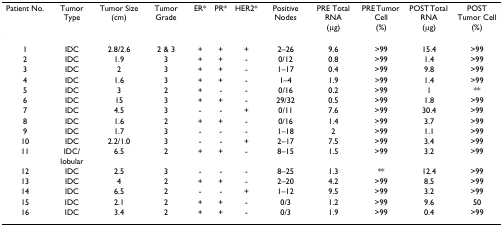
<table><thead><tr><td><b>Patient No.</b></td><td><b>Tumor Type</b></td><td><b>Tumor Size(cm)</b></td><td><b>Tumor Grade</b></td><td><b>ER*</b></td><td><b>PR*</b></td><td><b>HER2*</b></td><td><b>Positive Nodes</b></td><td><b>PRE Total RNA(μg)</b></td><td><b>PRE Tumor Cell(%)</b></td><td><b>POST Total RNA(μg)</b></td><td><b>POST Tumor Cell(%)</b></td></tr></thead><tbody><tr><td>1</td><td>IDC</td><td>2.8/2.6</td><td>2 &amp; 3</td><td>+</td><td>+</td><td>+</td><td>2–26</td><td>9.6</td><td>&gt;99</td><td>15.4</td><td>&gt;99</td></tr><tr><td>2</td><td>IDC</td><td>1.9</td><td>3</td><td>+</td><td>+</td><td>-</td><td>0/12</td><td>0.8</td><td>&gt;99</td><td>1.4</td><td>&gt;99</td></tr><tr><td>3</td><td>IDC</td><td>2</td><td>3</td><td>+</td><td>+</td><td>-</td><td>1–17</td><td>0.4</td><td>&gt;99</td><td>9.8</td><td>&gt;99</td></tr><tr><td>4</td><td>IDC</td><td>1.6</td><td>3</td><td>+</td><td>+</td><td>-</td><td>1–4</td><td>1.9</td><td>&gt;99</td><td>1.4</td><td>&gt;99</td></tr><tr><td>5</td><td>IDC</td><td>3</td><td>2</td><td>+</td><td>-</td><td>-</td><td>0/16</td><td>0.2</td><td>&gt;99</td><td>1</td><td>**</td></tr><tr><td>6</td><td>IDC</td><td>15</td><td>3</td><td>+</td><td>+</td><td>-</td><td>29/32</td><td>0.5</td><td>&gt;99</td><td>1.8</td><td>&gt;99</td></tr><tr><td>7</td><td>IDC</td><td>4.5</td><td>3</td><td>-</td><td>-</td><td>+</td><td>0/11</td><td>7.6</td><td>&gt;99</td><td>30.4</td><td>&gt;99</td></tr><tr><td>8</td><td>IDC</td><td>1.6</td><td>2</td><td>+</td><td>+</td><td>-</td><td>0/16</td><td>1.4</td><td>&gt;99</td><td>3.7</td><td>&gt;99</td></tr><tr><td>9</td><td>IDC</td><td>1.7</td><td>3</td><td>-</td><td>-</td><td>-</td><td>1–18</td><td>2</td><td>&gt;99</td><td>1.1</td><td>&gt;99</td></tr><tr><td>10</td><td>IDC</td><td>2.2/1.0</td><td>3</td><td>-</td><td>-</td><td>+</td><td>2–17</td><td>7.5</td><td>&gt;99</td><td>3.4</td><td>&gt;99</td></tr><tr><td>11</td><td>IDC/lobular</td><td>6.5</td><td>2</td><td>+</td><td>+</td><td>-</td><td>8–15</td><td>1.5</td><td>&gt;99</td><td>3.2</td><td>&gt;99</td></tr><tr><td>12</td><td>IDC</td><td>2.5</td><td>3</td><td>-</td><td>-</td><td>-</td><td>8–25</td><td>1.3</td><td>**</td><td>12.4</td><td>&gt;99</td></tr><tr><td>13</td><td>IDC</td><td>4</td><td>2</td><td>+</td><td>+</td><td>-</td><td>2–20</td><td>4.2</td><td>&gt;99</td><td>8.5</td><td>&gt;99</td></tr><tr><td>14</td><td>IDC</td><td>6.5</td><td>2</td><td>-</td><td>-</td><td>+</td><td>1–12</td><td>9.5</td><td>&gt;99</td><td>3.2</td><td>&gt;99</td></tr><tr><td>15</td><td>IDC</td><td>2.1</td><td>2</td><td>+</td><td>+</td><td>-</td><td>0/3</td><td>1.2</td><td>&gt;99</td><td>9.6</td><td>50</td></tr><tr><td>16</td><td>IDC</td><td>3.4</td><td>2</td><td>+</td><td>+</td><td>-</td><td>0/3</td><td>1.9</td><td>&gt;99</td><td>0.4</td><td>&gt;99</td></tr></tbody></table>